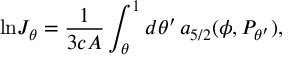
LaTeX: { \ln } J _ { \theta } = { \frac { 1 } { 3 c { \cal A } } } \int _ { \theta } ^ { 1 } d \theta ^ { \prime } \, a _ { 5 / 2 } ( \phi , P _ { \theta ^ { \prime } } ) ,